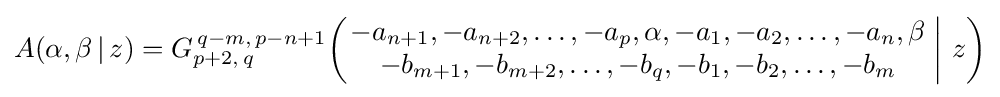
A(\alpha ,\beta \,|\,z)=G_{p+2,\,q}^{\,q-m,\,p-n+1}\!\left(\left.{\begin{matrix}-a_{n+1},-a_{n+2},\dots ,-a_{p},\alpha ,-a_{1},-a_{2},\dots ,-a_{n},\beta \\-b_{m+1},-b_{m+2},\dots ,-b_{q},-b_{1},-b_{2},\dots ,-b_{m}\end{matrix}}\;\right|\,z\right)